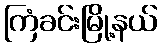
ကြံခင်းမြို့နယ်